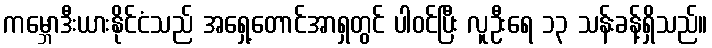
ကမ္ဘောဒီးယားနိုင်ငံသည် အရှေ့တောင်အာရှတွင် ပါဝင်ပြီး လူဦးရေ ၁၃ သန်းခန့်ရှိသည်။